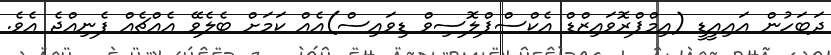
ދަބަހުން އައިއީޑީ (އިމްޕްރޮވައިޒްޑް އެކްސްޕްލޮސިވް ޑިވައިސް)އެއް ކަމަށް ބެލެވޭ އެއްޗެއް ފެނިއްޖެ އެވެ.